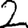
Digit: 2